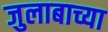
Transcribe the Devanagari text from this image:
जुलाबाच्या